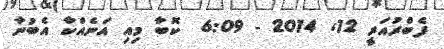
ފެބްރުއަރީ 12